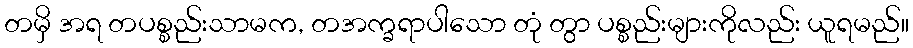
တမှိ အရ တပစ္စည်းသာမက, တအက္ခရာပါသော တုံ တွာ ပစ္စည်းများကိုလည်း ယူရမည်။